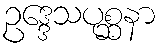
ဥဒ္ဒေသပုစ္ဆနာ